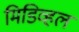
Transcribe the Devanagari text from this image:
मिडिव्हल